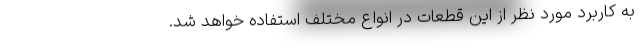
به کاربرد مورد نظر از این قطعات در انواع مختلف استفاده خواهد شد.